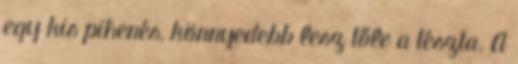
egy kis pihenés, könnyedebb lesz tőle a tészta. A